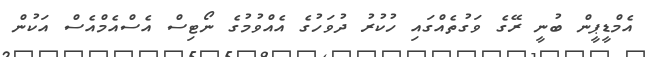
އެމްޑީޕީން ބުނީ ރޭގެ ވަގުތެއްގައި ހުކުރު ދުވަހުގެ އެއްވުމުގެ ނޯޓިސް އެސްއެމްއެސް އަކުން